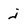
Character: j